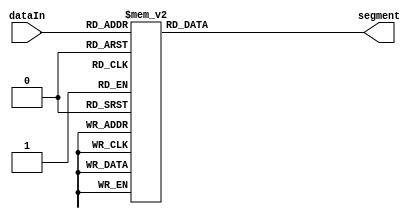
// SPDX-License-Identifier: NONE

module seg7(
    input [3:0] dataIn,
    output reg [6:0] segment
    );

    always @(*)
    begin: dataEncoding
        case (dataIn)
            4'h0: segment = 7'b1000000; // 0
            4'h1: segment = 7'b1111001; // 1
            4'h2: segment = 7'b0100100; // 2
            4'h3: segment = 7'b0110000; // 3
            4'h4: segment = 7'b0011001; // 4
            4'h5: segment = 7'b0010010; // 5
            4'h6: segment = 7'b0000010; // 6
            4'h7: segment = 7'b1111000; // 7
            4'h8: segment = 7'b0000000; // 8
            4'h9: segment = 7'b0011000; // 9
            4'hA: segment = 7'b0001000; // A
            4'hB: segment = 7'b0000011; // b
            4'hC: segment = 7'b1000110; // C
            4'hD: segment = 7'b0100001; // d
            4'hE: segment = 7'b0000110; // E
            4'hF: segment = 7'b0001110; // F
            default: segment = 7'b1111111;
        endcase
    end // dataEncoding
endmodule